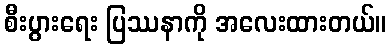
စီးပွားရေး ပြဿနာကို အလေးထားတယ်။